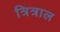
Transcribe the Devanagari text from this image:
त्रित्राल